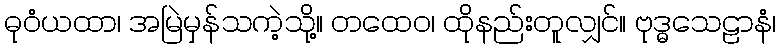
ဓုဝံယထာ၊ အမြဲမှန်သကဲ့သို့။ တထေဝ၊ ထိုနည်းတူလျှင်။ ဗုဒ္ဓသေဠာနံ၊